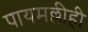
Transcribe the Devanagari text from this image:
पायमल्लीही